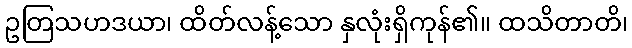
ဥတြသဟဒယာ၊ ထိတ်လန့်သော နှလုံးရှိကုန်၏။ ထသိတာတိ၊